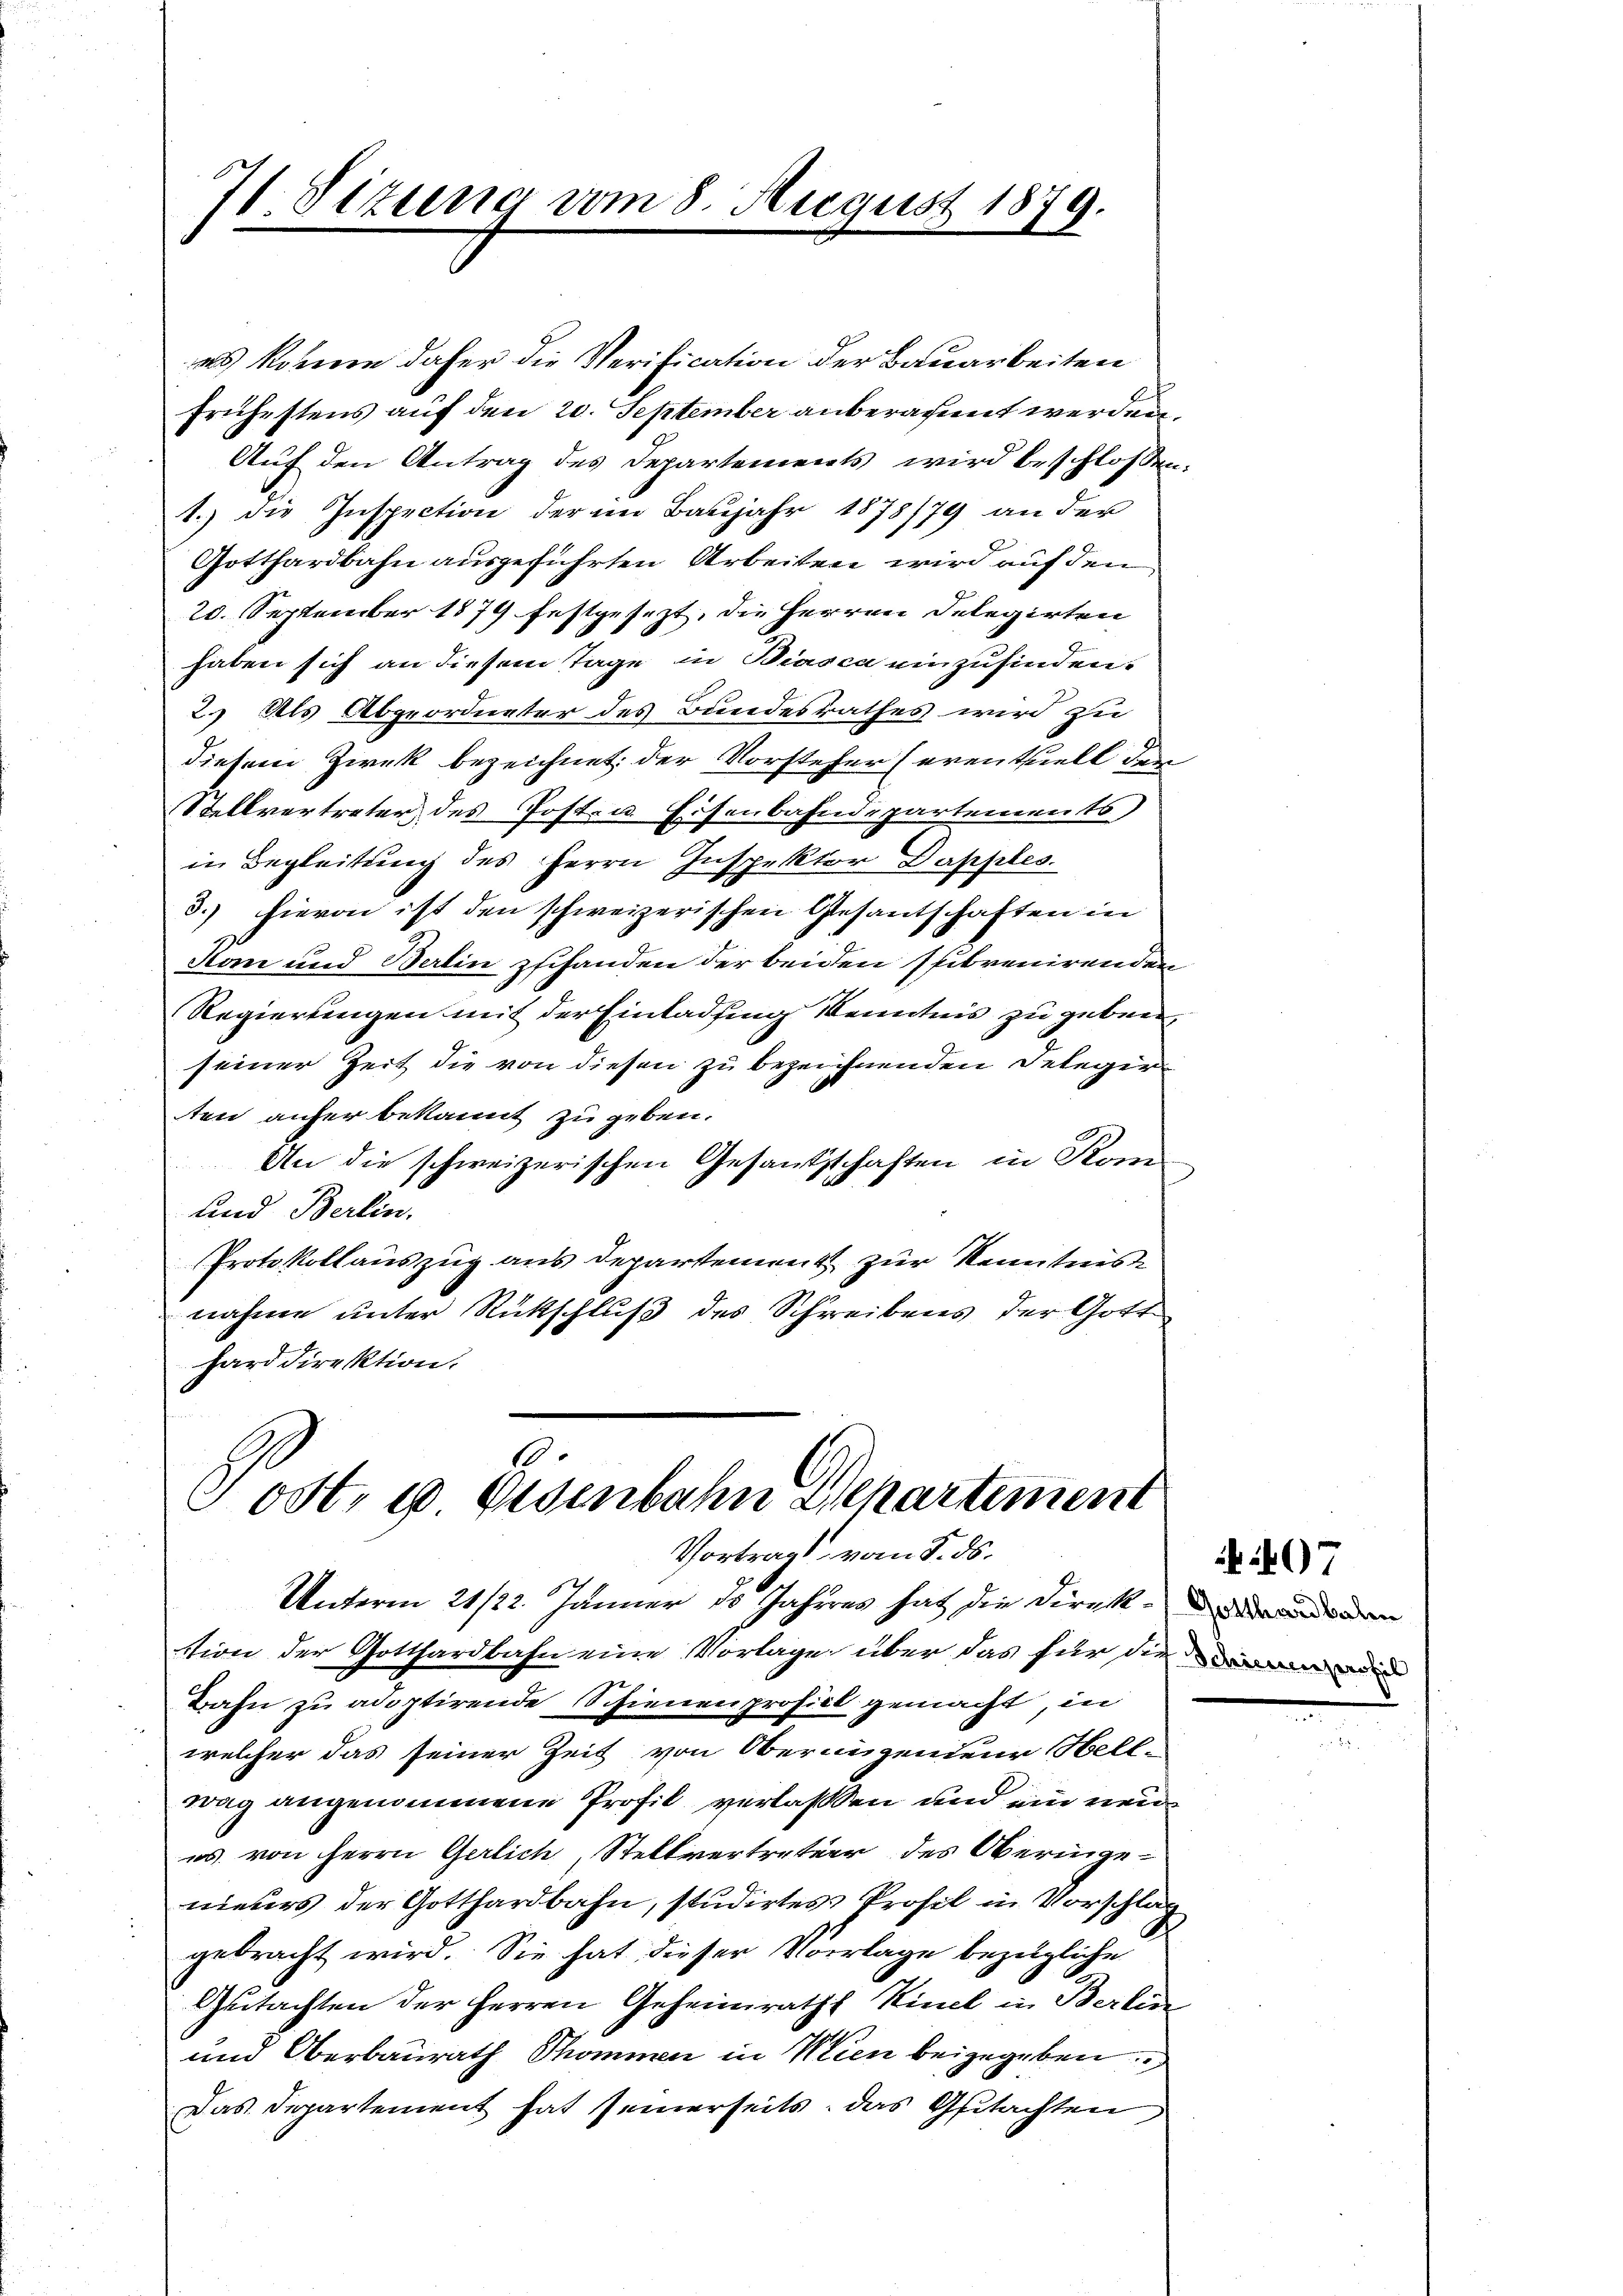
71. Sizung vom 8. August 1879.

as könne daher die Verification der Bauarbeiten
frühestens auf den 20. September anberaumet werden,
Auf den Antrag des Departements wird beschlossen:
1.) die Inspection der im Baŭjahr 1878/79 an der
Gotthardbahn ausgeführten Arbeiten wird auf den
20. September 1879 festgesezt, die Herren Delegirten
haben sich an diesem Tage in Biasca einzufinden.
2.) Als Abgeordneter des Bundesrathes wird zu
diesem Zwek bezeichnet: der Vorsteher (eventuell der
Stellvertreter des Post- u. Eisenbahndepartements)
in Begleitung des Herrn Inspektor Dapples
3.) hievon ist den schweizerischen Gesantschaften in
Hon und Berlin zshanden der beiden subvenirenden
Regierungen mit der Eintadsing Kenntnis zu geben,
seiner Zeit die von diesen zu bezeichnenden Deleger
ten anher bekannt zu geben.
An die schweizerischen Gesandtschaften in Kom
und Berlin,
Protokollauszug aus Departement zur Kenntnis
nahme unter Rückschluß des Schreibens der Gott
hard direktion.

H.
Post- u Eisenbahn Departement
Vortrags vom 8. ds.
Unterm 21/22. Jänner 18 Jahrens hat die Direk¬

stion der Gotthardbahn eine Vorlage über das für die inde
Bahn zu adoptirende Schienenprofici gemacht, in
welcher das seiner Zeit von Obernanzendeur Hellwag angenommene Profil verlassen und ein neu
es. von Herrn Gerlich, Stellvertreter des Oberingenieurs der Gotthardbahn, studirtes Profil in Vorschlag
gebracht wird. Sie hat dieser Vorlage bezügliche
Gutachten der Herren Geheimraths Kinel in Berlin
und Oberbaurath Thommen in Wien beizugeben
Das Departement hat seinerseits, das Gutachten

07